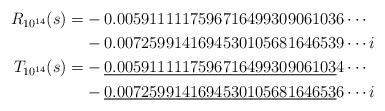
LaTeX: \begin{align*}R_{10^{14}}(s)=&-0.0059111117596716499309061036\cdots \\ &-0.0072599141694530105681646539\cdots i \\T_{10^{14}}(s)=&-\underline{0.005911111759671649930906103}4\cdots \\ &-\underline{0.007259914169453010568164653}6\cdots i\end{align*}